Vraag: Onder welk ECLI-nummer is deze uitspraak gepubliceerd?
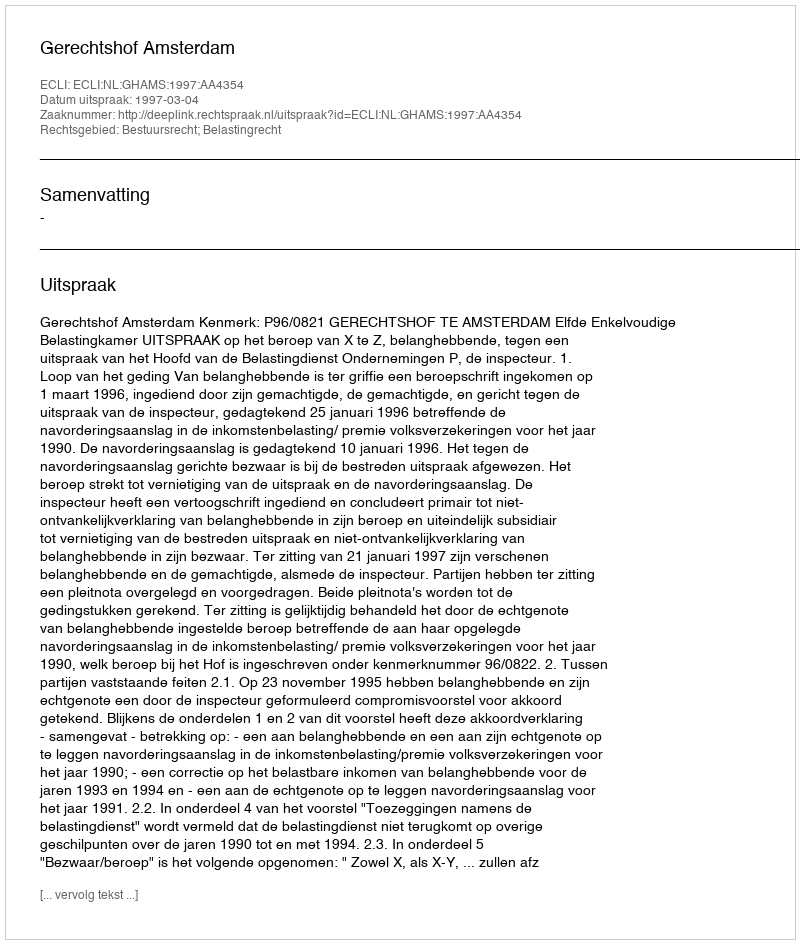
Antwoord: ECLI:NL:GHAMS:1997:AA4354